Indian journal of veterinary science and animal husbandry - Volume 7,
Year: 1937
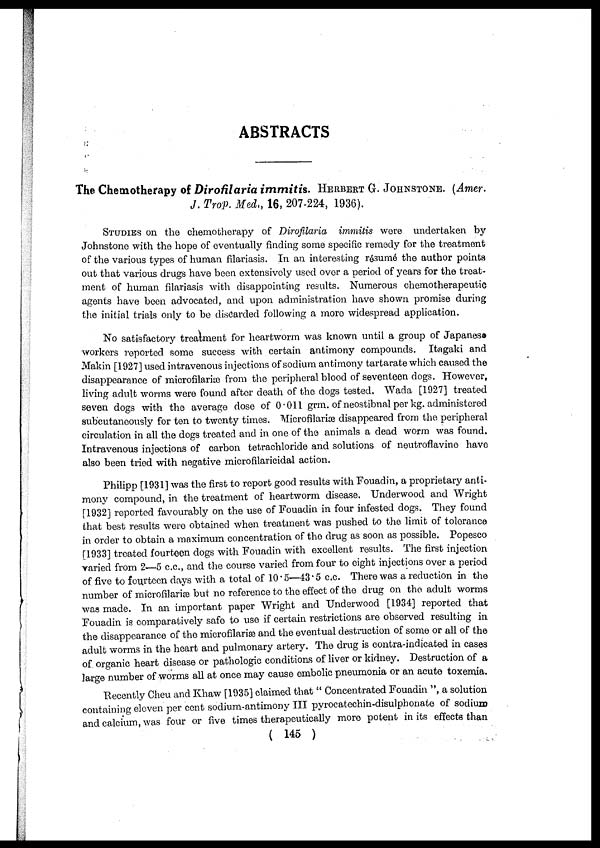
ABSTRACTS
The Chemotherapy of Dirofilaria immitis. HERBERT G. JOHNSTONE. (Amer.
J. Trop. Med., 16, 207-224, 1936).
STUDIES on the chemotherapy of Dirofilaria immitis were undertaken by
Johnstone with the hope of eventually finding some specific remedy for the treatment
of the various types of human filariasis. In an interesting résumé the author points
out that various drugs have been extensively used over a period of years for the treat-
ment of human filariasis with disappointing results. Numerous chemotherapeutic
agents have been advocated, and upon administration have shown promise during
the initial trials only to be discarded following a more widespread application.
No satisfactory treatment for heartworm was known until a group of Japanese
workers reported some success with certain antimony compounds. Itagaki and
Makin [1927] used intravenous injections of sodium antimony tartarate which caused the
disappearance of microfilariæ from the peripheral blood of seventeen dogs. However,
living adult worms were found after death of the dogs tested. Wada [1927] treated
seven dogs with the average dose of 0.011 grm. of neostibnal per kg. administered
subcutaneously for ten to twenty times. Microfilariæ disappeared from the peripheral
circulation in all the dogs treated and in one of the animals a dead worm was found.
Intravenous injections of carbon tetrachloride and solutions of neutroflavine have
also been tried with negative microfilaricidal action.
Philipp [1931] was the first to report good results with Fouadin, a proprietary anti-
mony compound, in the treatment of heartworm disease. Underwood and Wright
[1932] reported favourably on the use of Fouadin in four infested dogs. They found
that best results were obtained when treatment was pushed to the limit of tolerance
in order to obtain a maximum concentration of the drug as soon as possible. Popesco
[1933] treated fourteen dogs with Fouadin with excellent results. The first injection
varied from 2—5 c.c., and the course varied from four to eight injections over a period
of five to fourteen days with a total of 10.5—43.5 c.c. There was a reduction in the
number of microfilariæ but no reference to the effect of the drug on the adult worms
was made. In an important paper Wright and Underwood [1934] reported that
Fouadin is comparatively safe to use if certain restrictions are observed resulting in
the disappearance of the microfilariæ and the eventual destruction of some or all of the
adult worms in the heart and pulmonary artery. The drug is contra-indicated in cases
of organic heart disease or pathologic conditions of liver or kidney. Destruction of a
large number of worms all at once may cause embolic pneumonia or an acute toxemia.
Recently Cheu and Khaw [1935] claimed that " Concentrated Fouadin ", a solution
containing eleven per cent sodium-antimony III pyrocatechin-disulphonate of sodium
and calcium, was four or five times therapeutically more potent in its effects than
( 145 )